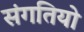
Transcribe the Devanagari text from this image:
संगतियो